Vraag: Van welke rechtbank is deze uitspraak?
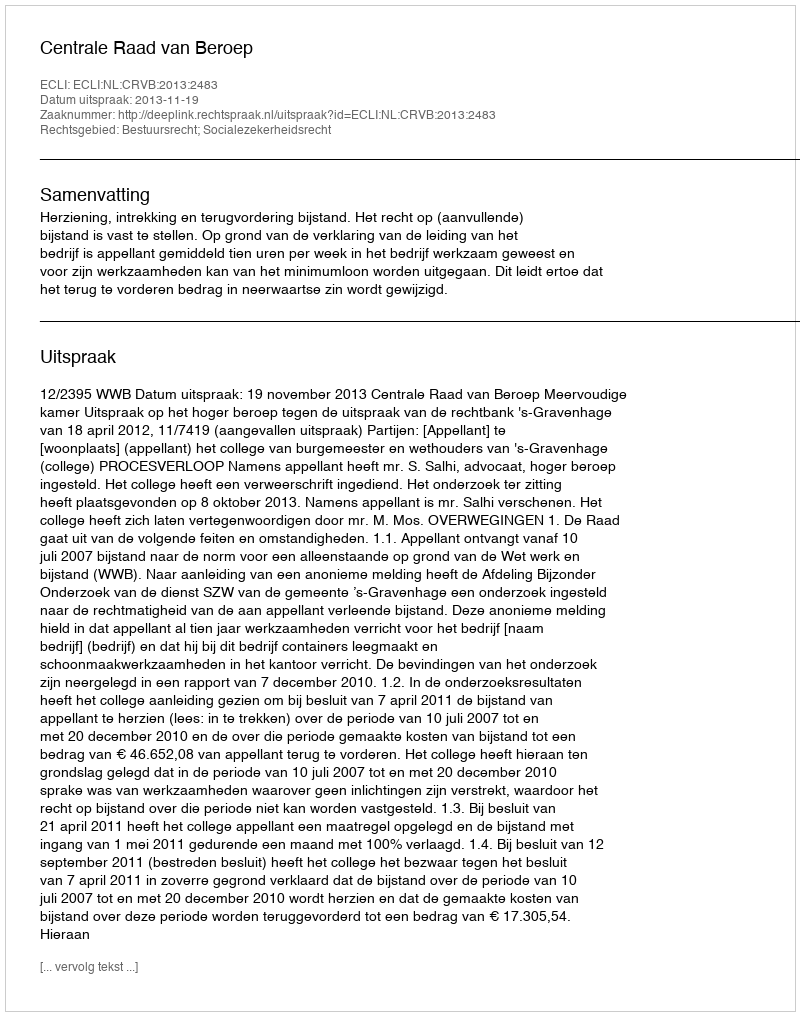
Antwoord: Centrale Raad van Beroep